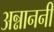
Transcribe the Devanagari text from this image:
अन्नाननी